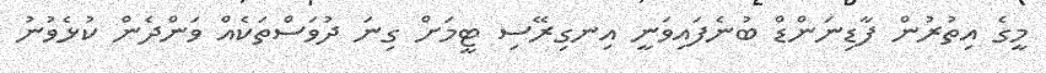
މީގެ އިތުރުން ފާޑިނަންޑް ބުނެފައިވަނީ އިނގިރޭސި ޓީމަށް ގިނަ ދުވަސްތަކެއް ވަންދެން ކުޅެވުނު